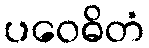
ပဝေဓိတံ